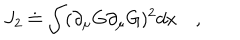
LaTeX: J _ { 2 } \doteq \int ( \partial _ { \mu } G \partial _ { \mu } G ) ^ { 2 } d x \quad ,